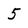
Character: 5